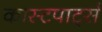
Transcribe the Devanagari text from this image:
कास्टपार्ट्स